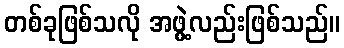
တစ်ခုဖြစ်သလို အဖွဲ့လည်းဖြစ်သည်။